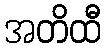
အတိထီ